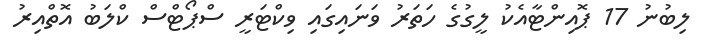
ލިބުނު 17 ޕޮއިންޓާއެކު ލީގުގެ ހަތަރު ވަނައިގައި ވިކްޓަރީ ސްޕޯޓްސް ކްލަބު އޮތްއިރު